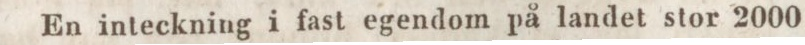
En inteckning i fast egendom på landet stor 2000